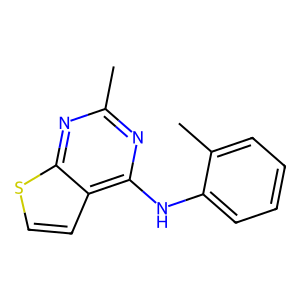
SMILES: Cc1nc(Nc2ccccc2C)c2ccsc2n1
Inhibits HIV replication: No